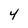
Character: 4